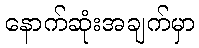
နောက်ဆုံးအချက်မှာ